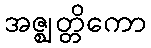
အဇ္ဈတ္တိကော